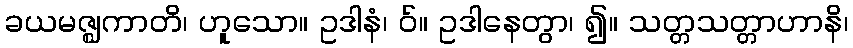
ခယမဇ္ဈကာတိ၊ ဟူသော။ ဥဒါနံ၊ ဝ်။ ဥဒါနေတွာ၊ ၍။ သတ္တသတ္တာဟာနိ၊